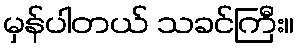
မှန်ပါတယ် သခင်ကြီး။